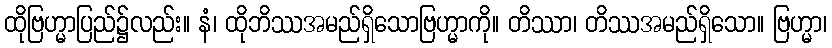
ထိုဗြဟ္မာပြည်၌လည်း။ နံ၊ ထိုဘိဿအမည်ရှိသောဗြဟ္မာကို။ တိဿာ၊ တိဿအမည်ရှိသော။ ဗြဟ္မာ၊